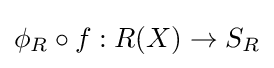
\phi _{R}\circ f:R(X)\rightarrow S_{R}